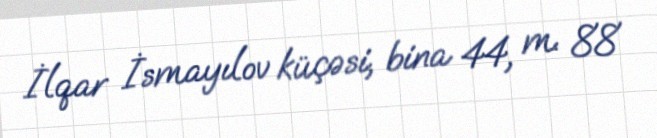
İlqar İsmayılov küçəsi, bina 44, m. 88